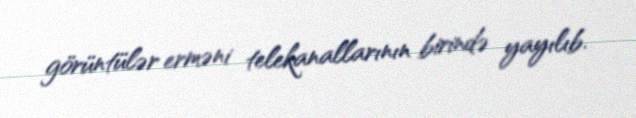
görüntülər erməni telekanallarının birində yayılıb.